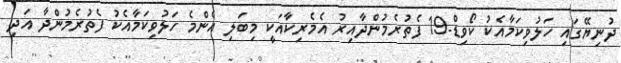
ދުނިޔޭގައި ހަލުވިކަމާއެކު ކޯވިޑް-19 ފެތުރެމުންދާއިރު އެމެރިކާއަކީ މިބަލި އެންމެ ހަލުވިކަމާއެކު ފެތުރެމުންދާ އަދި